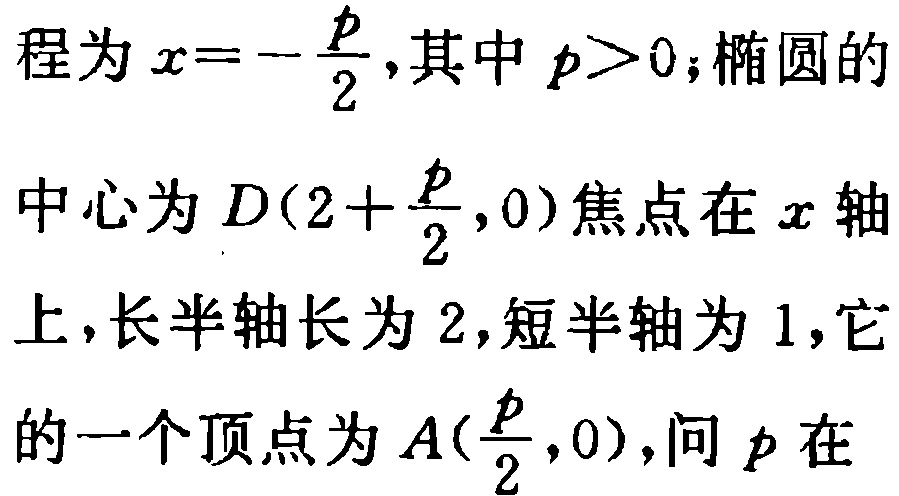
程为\(x = -\frac{p}{2}\),其中\(p>0\);椭圆的
中心为\(D(2 + \frac{p}{2},0)\)焦点在\(x\)轴
上,长半轴长为\(2\),短半轴为\(1\),它
的一个顶点为\(A(\frac{p}{2},0)\),问\(p\)在